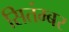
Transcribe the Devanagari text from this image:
सितंम्बर